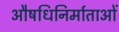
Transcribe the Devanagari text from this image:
औषधिनिर्माताओं